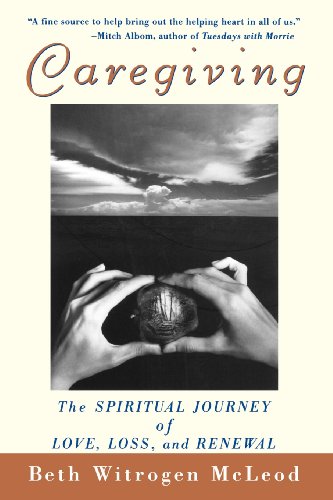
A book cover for Caregiving: The Spiritual Journey of Love, Loss, and Renewal; Beth Witrogen McLeod; Self-Help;